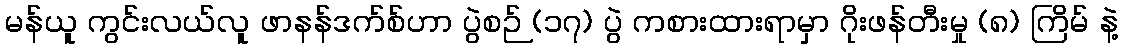
မန်ယူ ကွင်းလယ်လူ ဖာနန်ဒက်စ်ဟာ ပွဲစဉ် (၁၇) ပွဲ ကစားထားရာမှာ ဂိုးဖန်တီးမှု (၈) ကြိမ် နဲ့